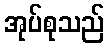
အုပ်စုသည်